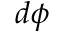
d \phi